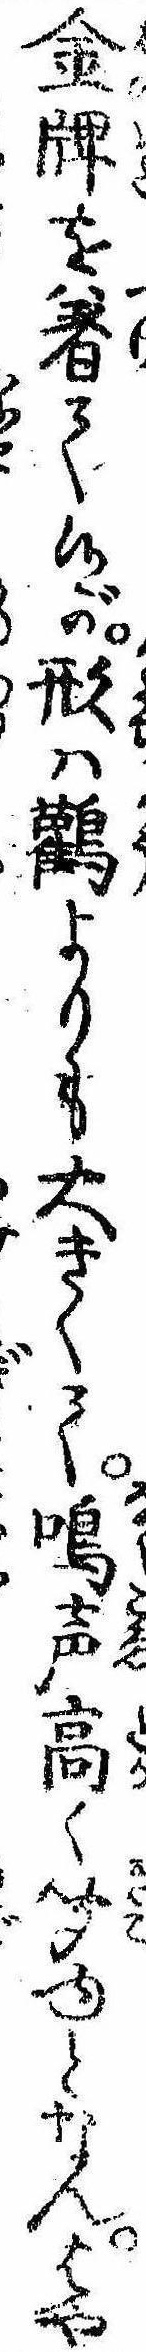
金牌を着て候が形は鸛よりも大きくて鳴声高く聞ゆとなんはや